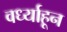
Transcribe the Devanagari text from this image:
वर्ध्याहून